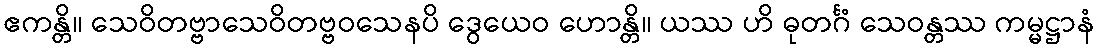
ဧကန္တိ။ သေဝိတဗ္ဗာသေဝိတဗ္ဗဝသေနပိ ဒွေယေဝ ဟောန္တိ။ ယဿ ဟိ ဓုတင်္ဂံ သေဝန္တဿ ကမ္မဋ္ဌာနံ